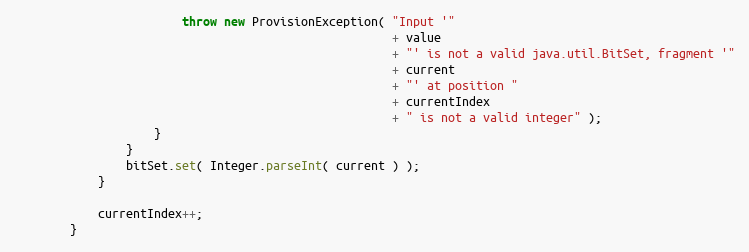
Language: Java
                        throw new ProvisionException( "Input '"
                                                      + value
                                                      + "' is not a valid java.util.BitSet, fragment '"
                                                      + current
                                                      + "' at position "
                                                      + currentIndex
                                                      + " is not a valid integer" );
                    }
                }
                bitSet.set( Integer.parseInt( current ) );
            }

            currentIndex++;
        }